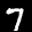
Digit: 7